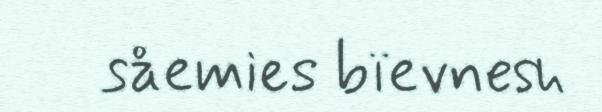
såemies bïevnesh